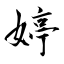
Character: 婷